Annual administration report of the Civil Veterinary Department, Ajmere-Merwara, British Rajputana - 1914-1940
Year: 1914
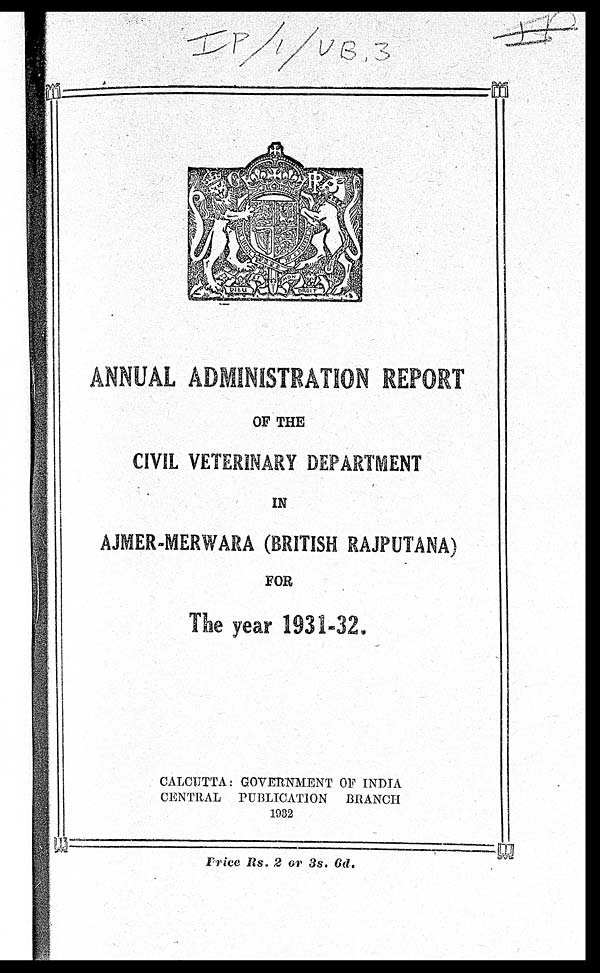
ANNUAL ADMINISTRATION REPORT
OF THE
CIVIL VETERINARY DEPARTMENT
IN
AJMER-MERWARA (BRITISH RAJPUTANA)
FOR
The year 1931-32.
CALCUTTA: GOVERNMENT OF INDIA
CENTRAL PUBLICATION BRANCH
1932
Price Rs. 2 or 3s. 6d.